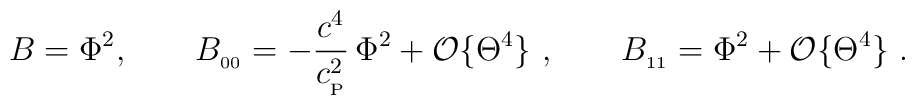
B=\Phi^2 ,\qquad B_{_{00}}=-{c^4\over c_{_{\rm P}}^2}\,\Phi^2+{\cal O}\{\Theta^4\}\ ,\qquad B_{_{11}}=\Phi^2+{\cal O}\{\Theta^4\}\ .